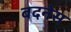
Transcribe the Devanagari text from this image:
बदनेस